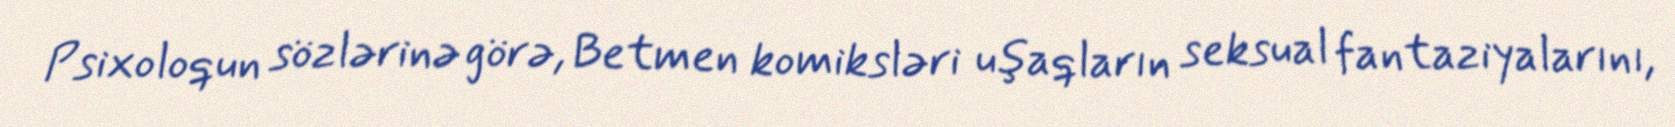
Psixoloqun sözlərinə görə, Betmen komiksləri uşaqların seksual fantaziyalarını,